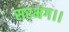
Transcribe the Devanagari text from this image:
सरभंग।।